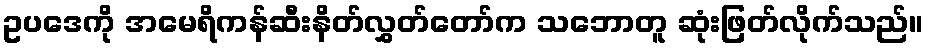
ဥပဒေကို အမေရိကန်ဆီးနိတ်လွှတ်တော်က သဘောတူ ဆုံးဖြတ်လိုက်သည်။